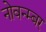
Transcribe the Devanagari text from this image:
नोवन्म्बर